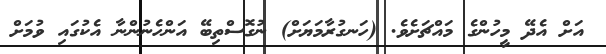
އަށް އެދޭ މީހުންގެ މައްޗަށެވެ. (ހަނގުރާމަޔަށް) ނުގޮސްތިބޭ އަންހެނުންނާ އެކުގައި ވުމަށް